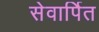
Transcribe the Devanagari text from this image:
सेवार्पित